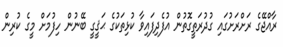
ރާއްޖޭގެ ރަށްރަށުގަައި ގުދުރަތީގޮތުން އުފެދިފައިވާ ކުޅިތަކުގެ ޙަޤީގީ ބޭނުން ހިފުމަށް މީގެ ކުރިން